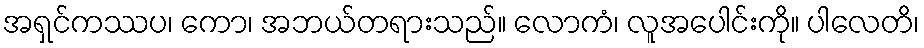
အရှင်ကဿပ၊ ကော၊ အဘယ်တရားသည်။ လောကံ၊ လူအပေါင်းကို။ ပါလေတိ၊